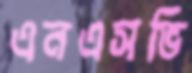
এনএসভি